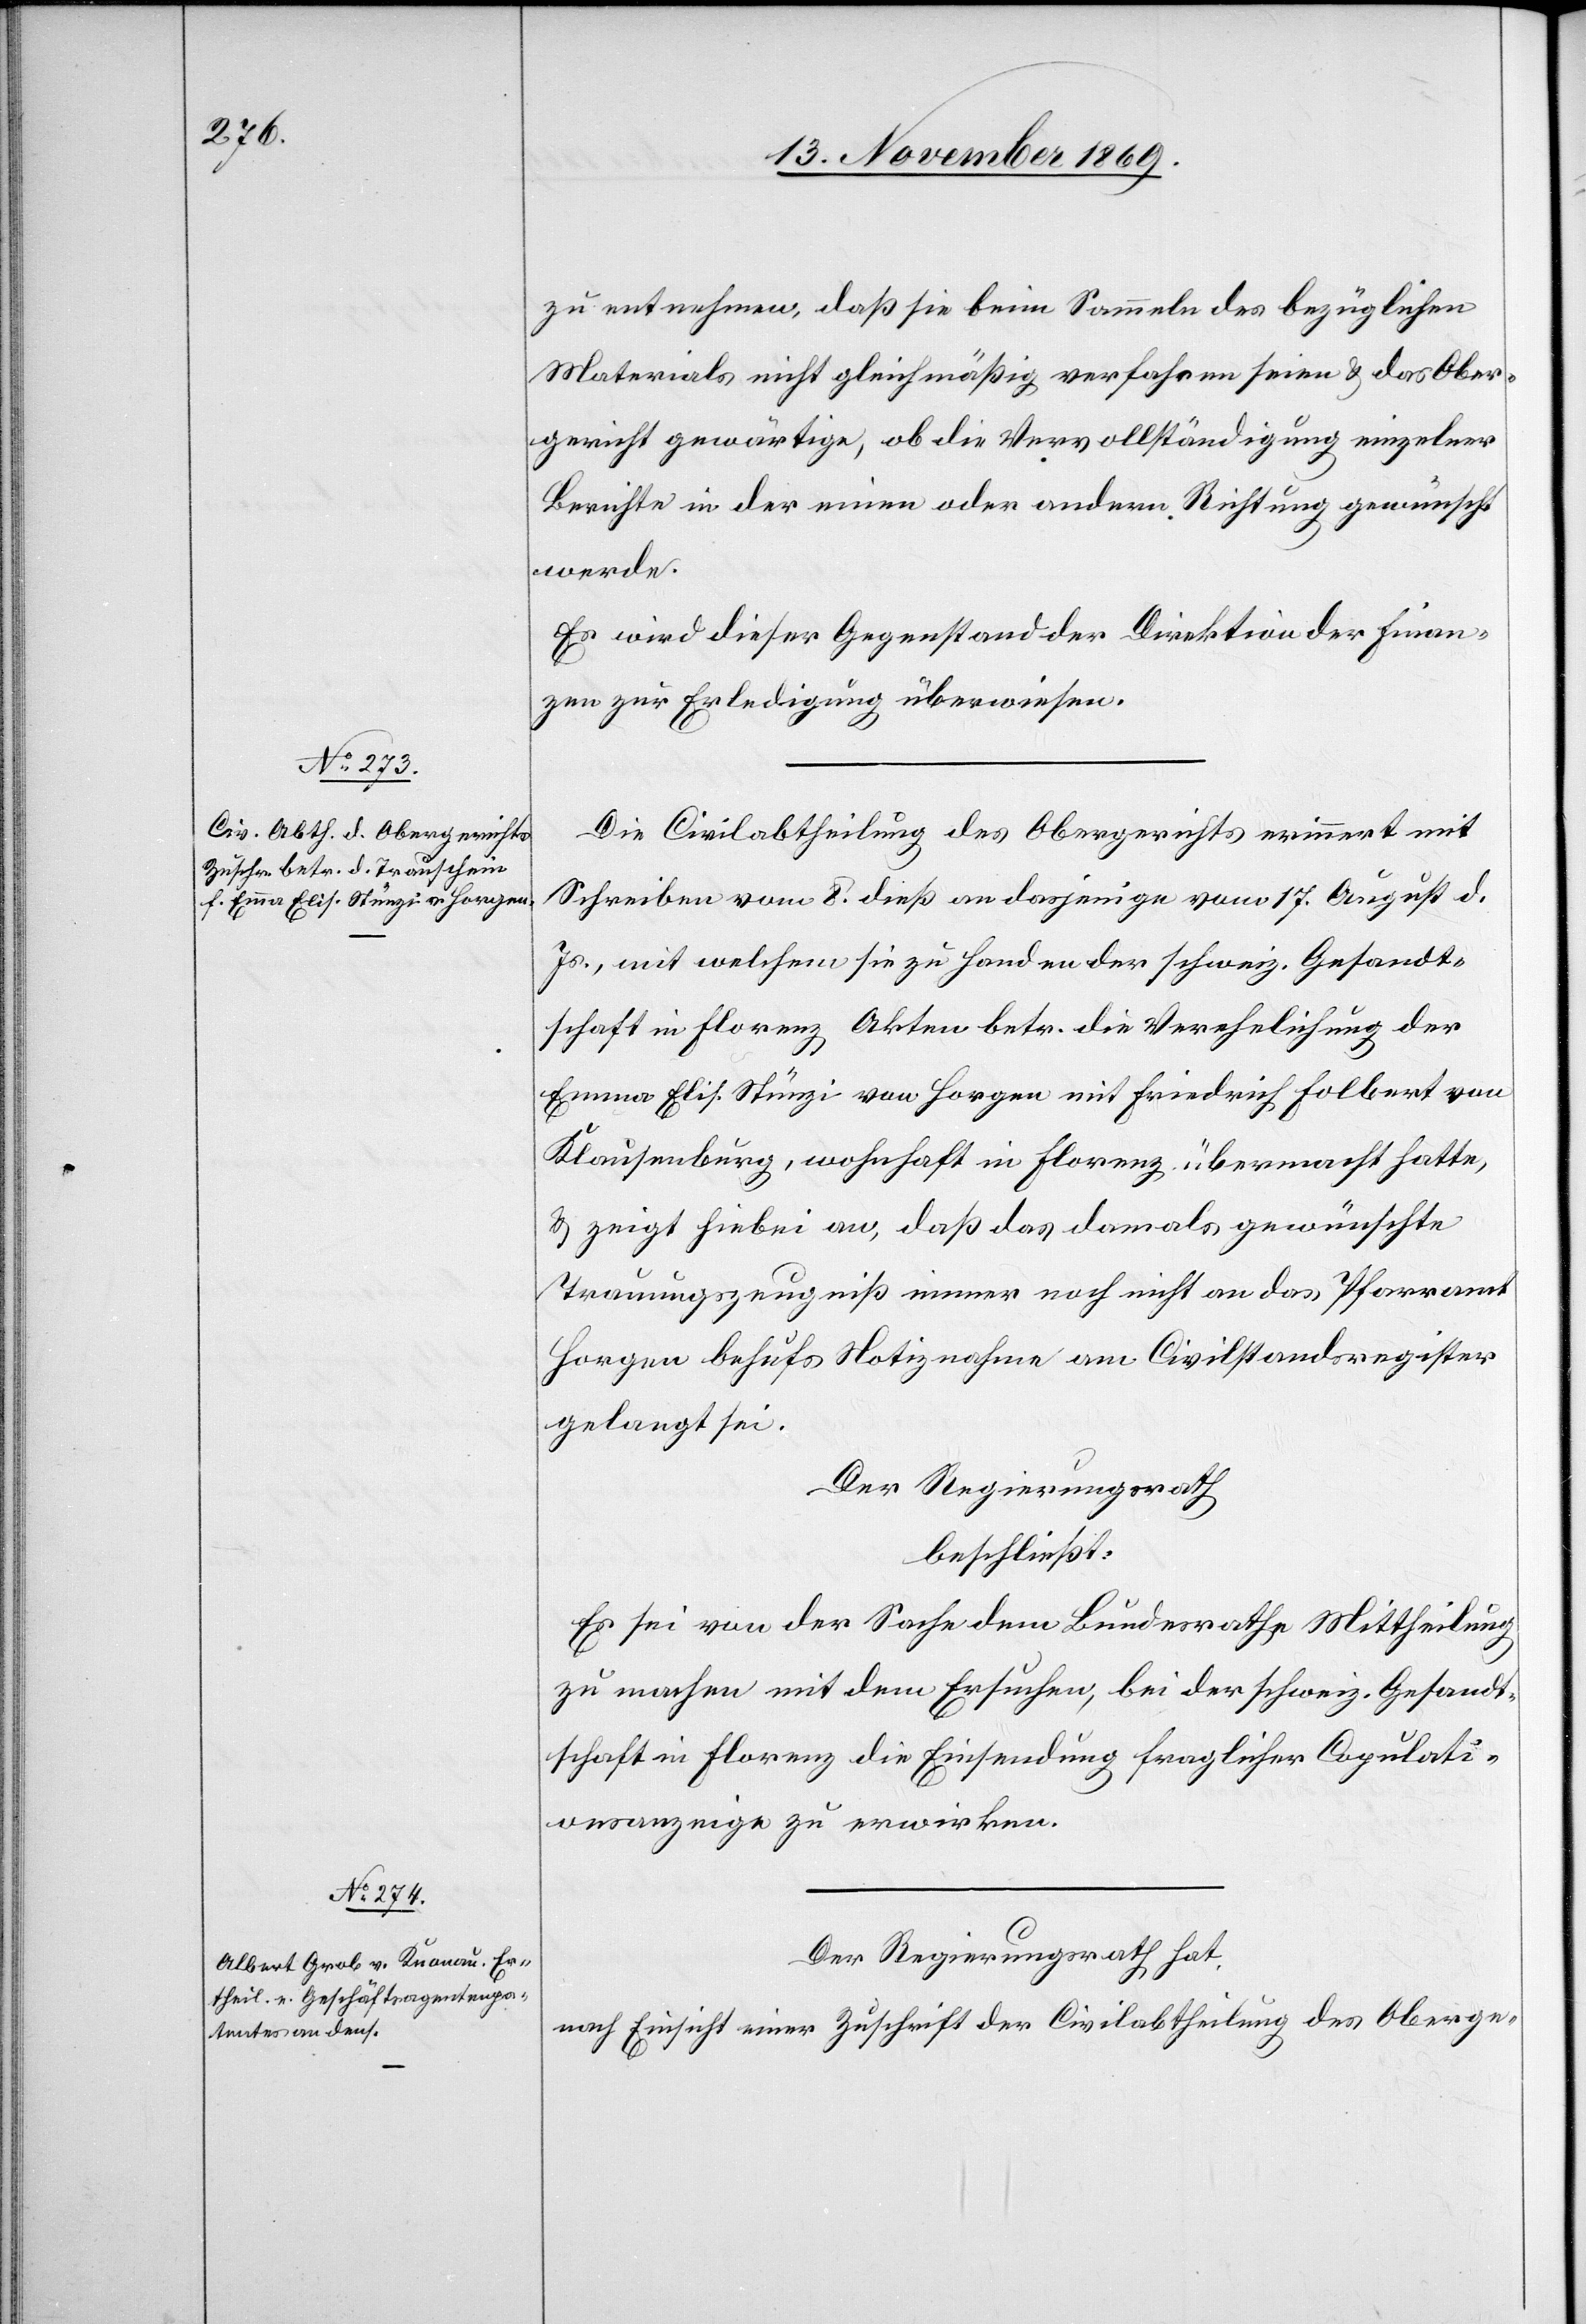
zu entnehmen, daß sie beim Sammeln des bezüglichen
Materials nicht gleichmäßig verfahren seien & das Ober¬
gericht gewärtige, ob die Vervollständigung einzelner
Berichte in der einen oder andern Richtung gewünscht
werde.
Es wird dieser Gegenstand der Direktion der Finan¬
zen zur Erledigung überwiesen.
Die Civilabtheilung des Obergerichts erinnert mit
Schreiben vom 8. dieß an dasjenige vom 17. August d.
Js., mit welchem sie zu Handen der schweiz. Gesandt¬
schaft in Florenz Akten betr. die Verehelichung der
Emma Elis. Stünzi von Horgen mit Friedrich Folbert von
Klausenburg, wohnhaft in Florenz, übermacht hatte,
& zeigt hiebei an, daß das damals gewünschte
Trauungszeugniß immer noch nicht an das Pfarramt
Horgen behufs Notiznahme am Civilstandsregister
gelangt sei.
Der Regierungsrath
beschließt:
Es sei von der Sache dem Bundesrathe Mittheilung
zu machen mit dem Ersuchen, bei der schweiz. Gesandt¬
schaft in Florenz die Einsendung fraglicher Copulati¬
onsanzeige zu erwirken.
Der Regierungsrath hat,
nach Einsicht einer Zuschrift der Civilabtheilung des Oberge-